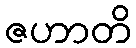
ဇဟာတိ